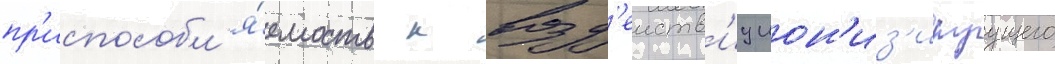
пр'испособл'я́емость к возд'еиств'иу ион'из'ируущего